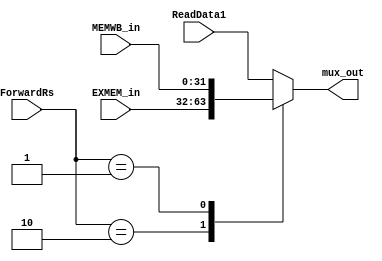

module ForwardRsMux(mux_out, ReadData1, EXMEM_in, MEMWB_in,ForwardRs);
	output reg [31:0] mux_out;
	input [31:0] ReadData1, EXMEM_in, MEMWB_in;
	input[1:0] ForwardRs;
	always @ (*)
	case(ForwardRs)
	2'b00: mux_out <= ReadData1;
	2'b10: mux_out <= EXMEM_in;
	2'b01: mux_out <= MEMWB_in;
	default: mux_out <= ReadData1;
	endcase
endmodule